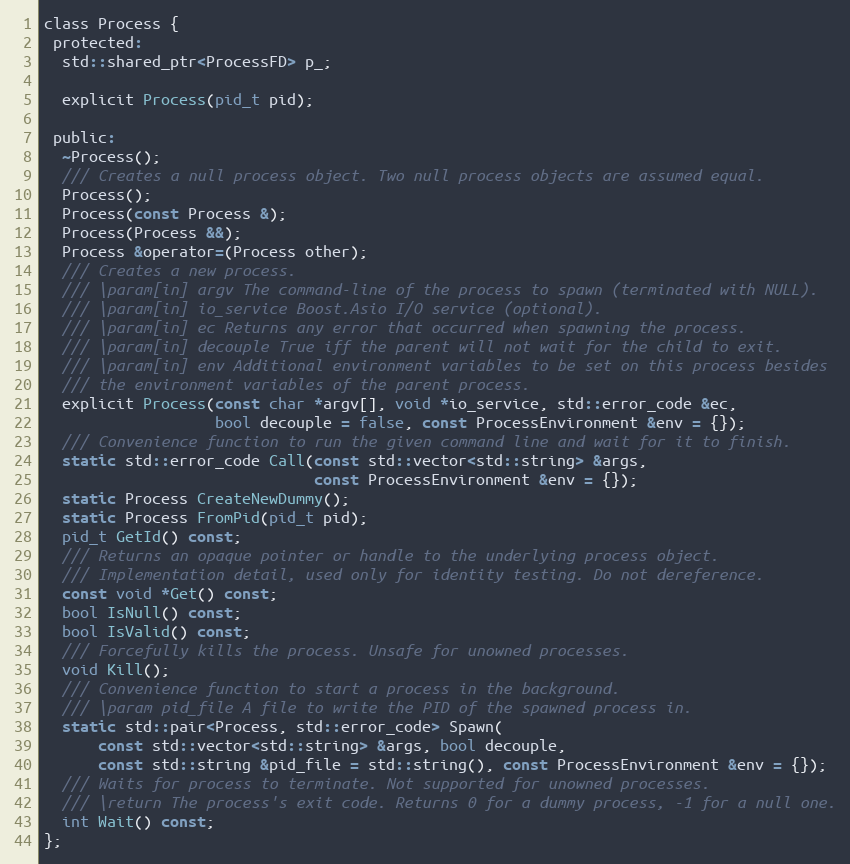
Language: C
class Process {
 protected:
  std::shared_ptr<ProcessFD> p_;

  explicit Process(pid_t pid);

 public:
  ~Process();
  /// Creates a null process object. Two null process objects are assumed equal.
  Process();
  Process(const Process &);
  Process(Process &&);
  Process &operator=(Process other);
  /// Creates a new process.
  /// \param[in] argv The command-line of the process to spawn (terminated with NULL).
  /// \param[in] io_service Boost.Asio I/O service (optional).
  /// \param[in] ec Returns any error that occurred when spawning the process.
  /// \param[in] decouple True iff the parent will not wait for the child to exit.
  /// \param[in] env Additional environment variables to be set on this process besides
  /// the environment variables of the parent process.
  explicit Process(const char *argv[], void *io_service, std::error_code &ec,
                   bool decouple = false, const ProcessEnvironment &env = {});
  /// Convenience function to run the given command line and wait for it to finish.
  static std::error_code Call(const std::vector<std::string> &args,
                              const ProcessEnvironment &env = {});
  static Process CreateNewDummy();
  static Process FromPid(pid_t pid);
  pid_t GetId() const;
  /// Returns an opaque pointer or handle to the underlying process object.
  /// Implementation detail, used only for identity testing. Do not dereference.
  const void *Get() const;
  bool IsNull() const;
  bool IsValid() const;
  /// Forcefully kills the process. Unsafe for unowned processes.
  void Kill();
  /// Convenience function to start a process in the background.
  /// \param pid_file A file to write the PID of the spawned process in.
  static std::pair<Process, std::error_code> Spawn(
      const std::vector<std::string> &args, bool decouple,
      const std::string &pid_file = std::string(), const ProcessEnvironment &env = {});
  /// Waits for process to terminate. Not supported for unowned processes.
  /// \return The process's exit code. Returns 0 for a dummy process, -1 for a null one.
  int Wait() const;
};